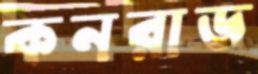
কনরাড